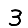
Digit: 3